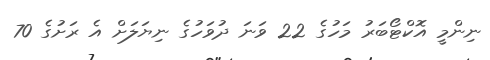
ނިންމީ އޮކްޓޯބަރު މަހުގެ 22 ވަނަ ދުވަހުގެ ނިޔަލަށް އެ ރަށުގެ 70